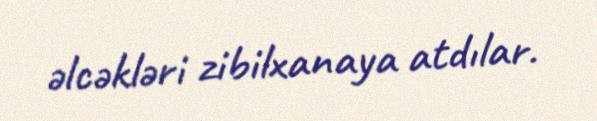
əlcəkləri zibilxanaya atdılar.